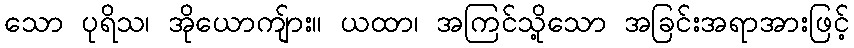
သော ပုရိသ၊ အိုယောကျ်ား။ ယထာ၊ အကြင်သို့သော အခြင်းအရာအားဖြင့်